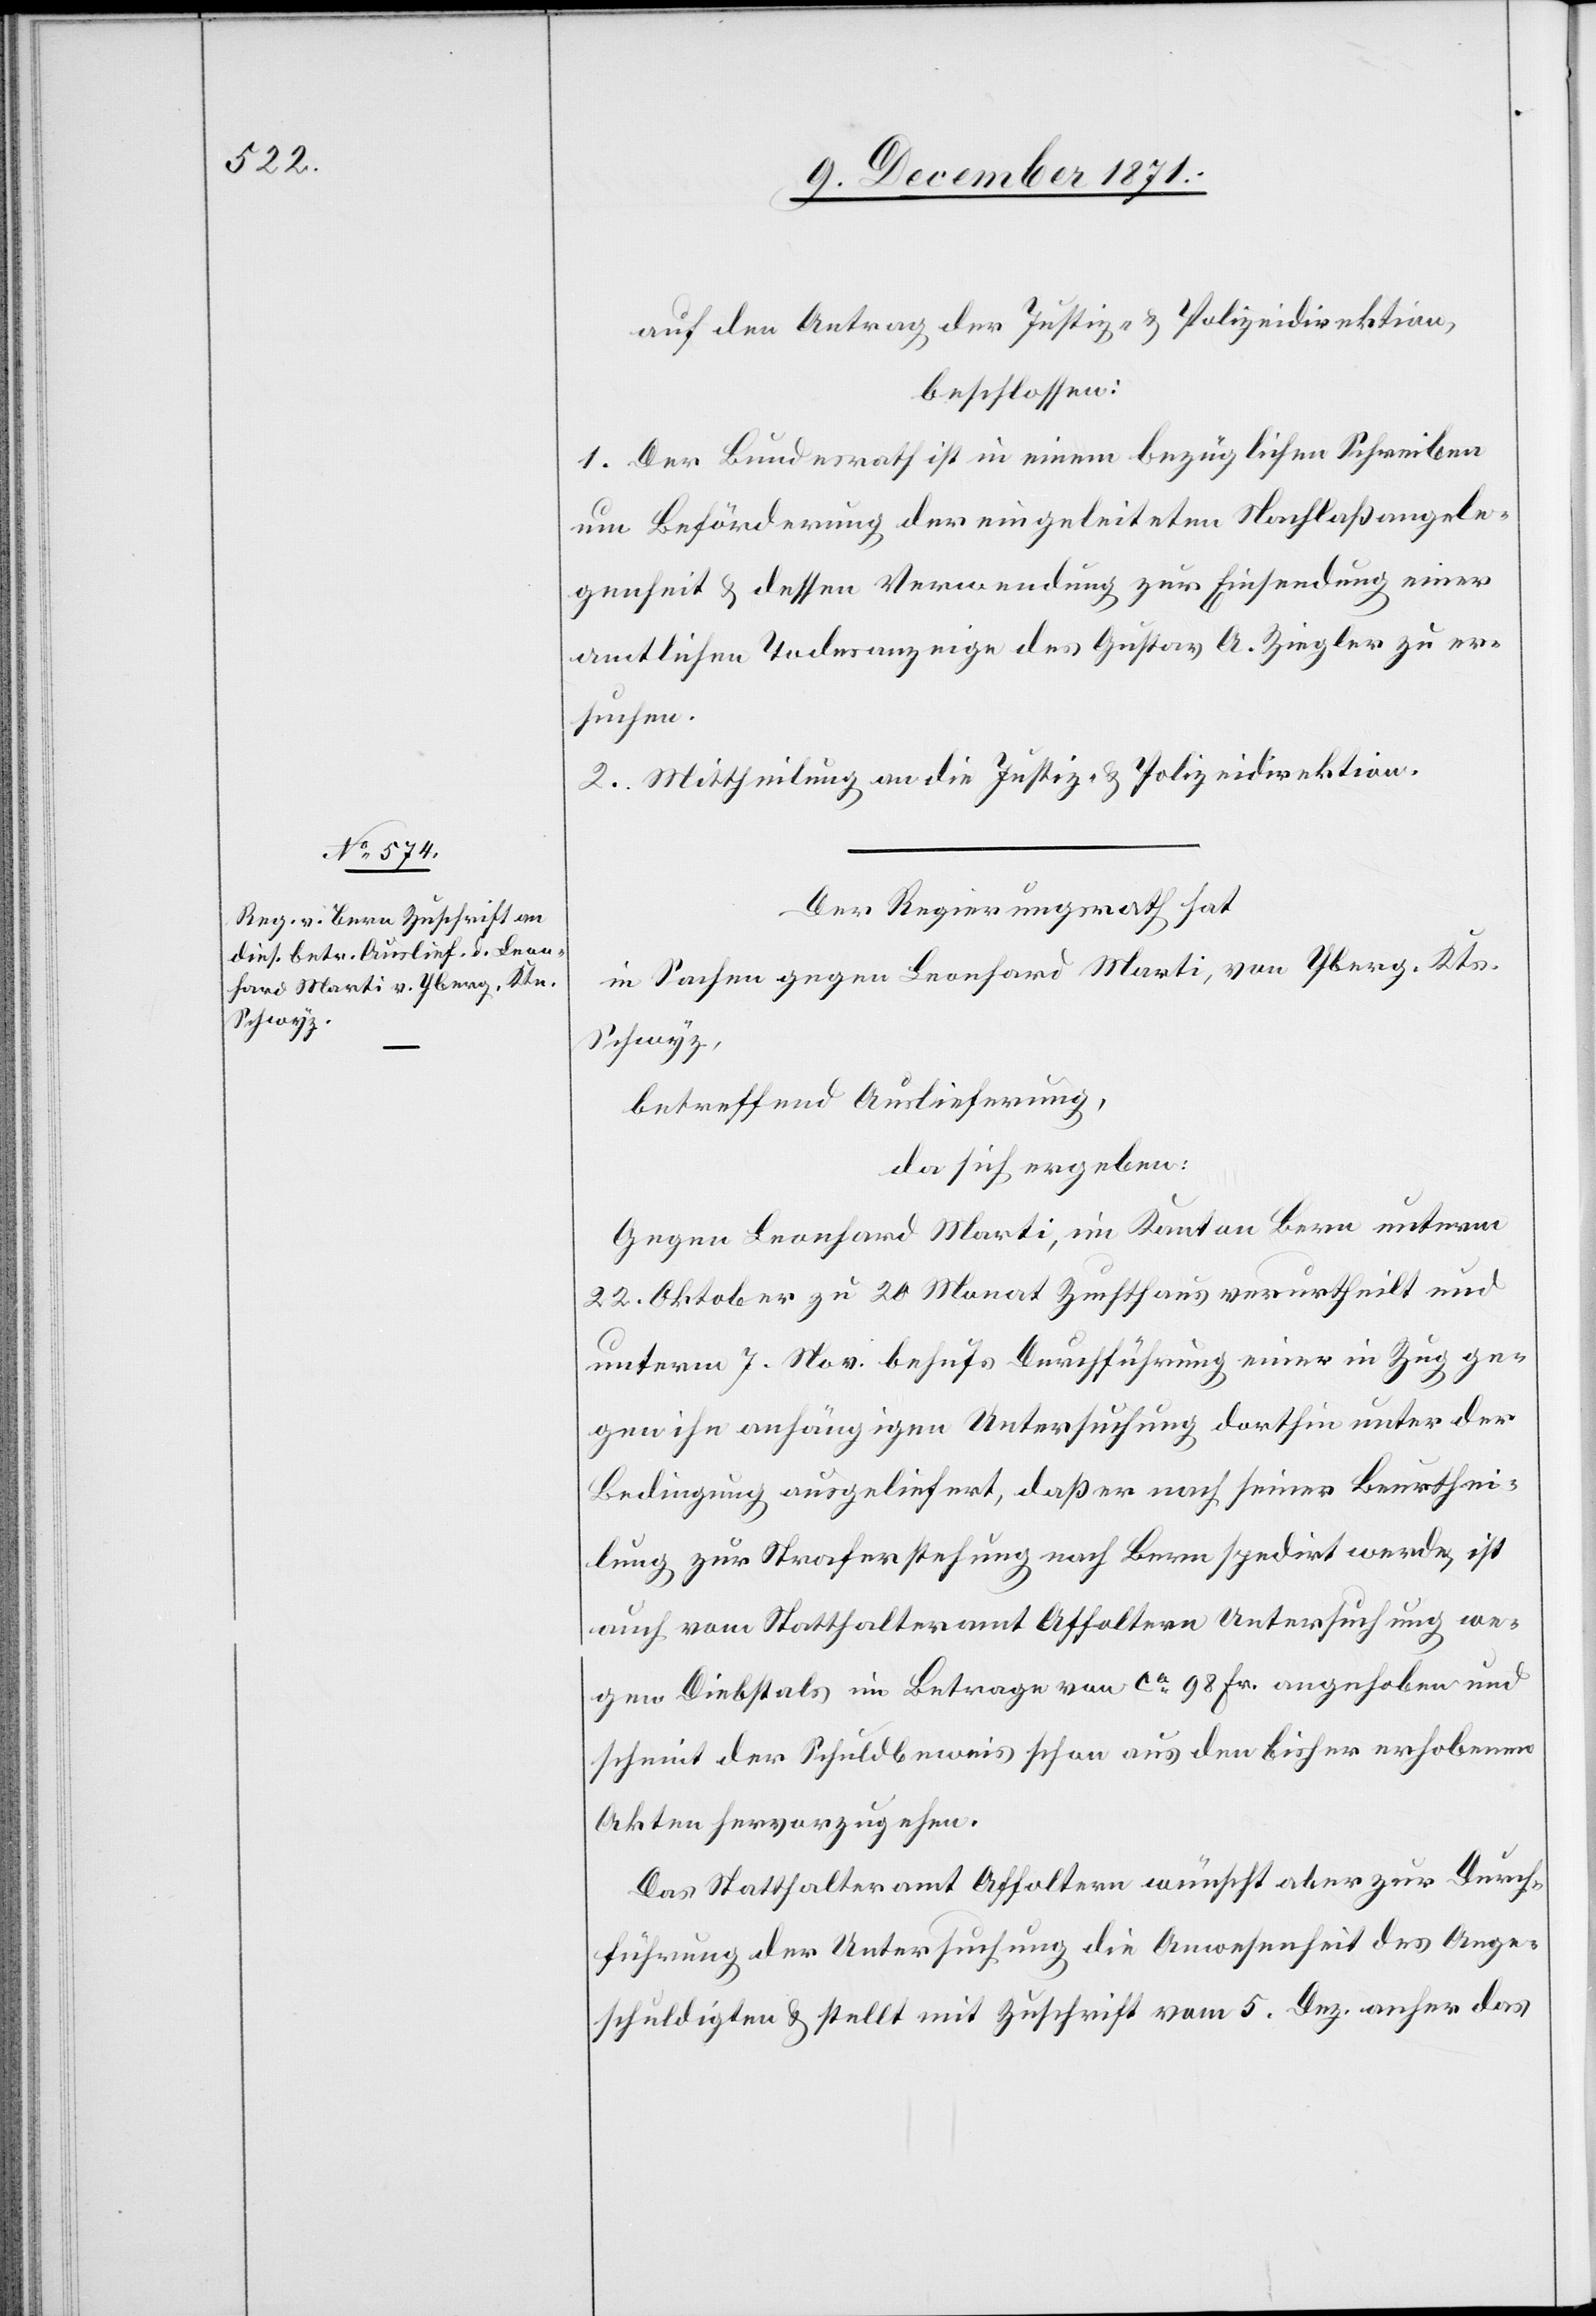
auf den Antrag der Justiz- & Polizeidirektion,
beschlossen:
1. Der Bundesrath ist in einem bezüglichen Schreiben
um Beförderung der eingeleiteten Nachlaßangele¬
genheit & dessen Verwendung zur Einsendung einer
amtlichen Todesanzeige des Gustav A. Ziegler zu er¬
suchen.
2. Mittheilung an die Justiz- & Polizeidirektion.
Der Regierungsrath hat
In Sachen gegen Leonhard Marti, von Yberg, Kts.
Schwyz,
betreffend Auslieferung,
da sich ergeben:
Gegen Leonhard Marti, im Kanton Bern unterm
22. Oktober zu 20 Monat Zuchthaus verurtheilt und
unterm 7. Nov. behufs Durchführung einer in Zug ge¬
gen ihn anhängigen Untersuchung dorthin unter der
Bedingung ausgeliefert, daß er nach seiner Beurthei¬
lung zur Straferstehung nach Bern spedirt werde, ist
auch vom Statthalteramt Affoltern Untersuchung we¬
gen Diebstals im Betrage von ca. 98 fr. angehoben und
scheint der Schuldbeweis schon aus den bisher erhobenen
Akten hervorzugehen.
Das Statthalteramt Affoltern wünscht aber zur Durch¬
führung der Untersuchung die Anwesenheit des Ange¬
schuldigten & stellt mit Zuschrift vom 5. Dez. anher das